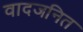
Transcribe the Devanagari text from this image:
वादजनित